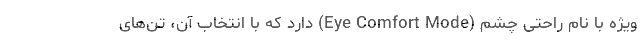
ویژه با نام راحتی چشم (Eye Comfort Mode) دارد که با انتخاب آن، تُن‌های